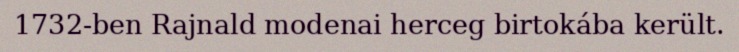
1732-ben Rajnald modenai herceg birtokába került.